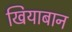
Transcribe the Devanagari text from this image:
खियाबान